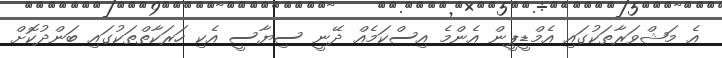
އެ މަޝްވަރާތަކުގައި އެމްޑީޕީން އެންމެ އިސްކަމެއް ދޭނީ ސިޔާސީ އެކި ހަރަކާތްތަކުގައި ބަންދުކޮށް